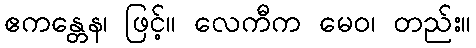
ဧကန္တေန၊ ဖြင့်။ လေကီက မေဝ၊ တည်း။